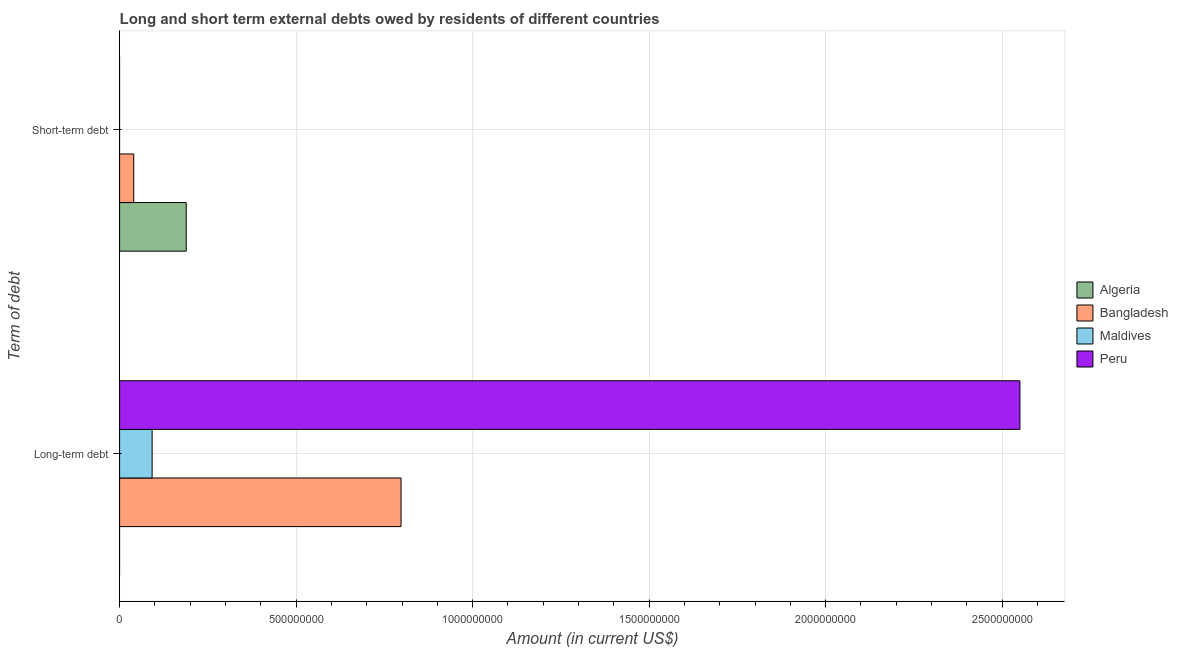
| Term of debt | Algeria | Bangladesh | Maldives | Peru |
 | --- | --- | --- | --- | --- |
 | Long-term debt | -6.98e+08 | 7.97e+08 | 9.21e+07 | 2.55e+09 |
 | Short-term debt | 1.89e+08 | 4e+07 | -2.96e+07 | -6.15e+08 |